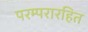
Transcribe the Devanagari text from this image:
परम्परारहित